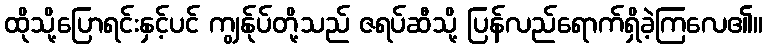
ထိုသို့ပြောရင်းနှင့်ပင် ကျွန်ုပ်တို့သည် ဇရပ်ဆီသို့ ပြန်လည်ရောက်ရှိခဲ့ကြလေ၏။